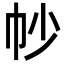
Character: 㠺